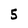
Character: 5